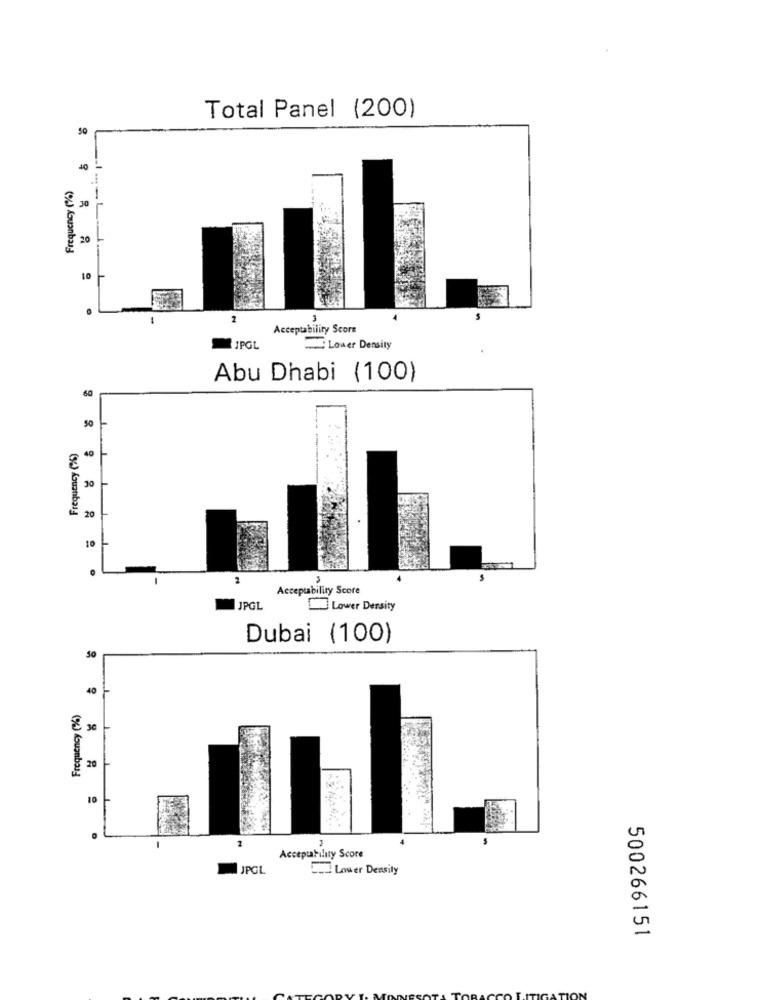
Total Panel (200)
50
Frequency (%)
--
30
20
10
3
Acceptability Score
JPGL
Lower Density
Abu Dhabi (100)
50
Frequency (%)
40
20
20
10
2
Acceptability Score
JPGL
Lower Dersity
Dubai (100)
50
40
Frequency (2%)
30
8 20
.2.
10
Acceptability Score
JPG
Lower Density
500266151
ION